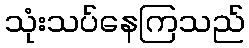
သုံးသပ်နေကြသည်